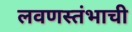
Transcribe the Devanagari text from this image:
लवणस्तंभाची